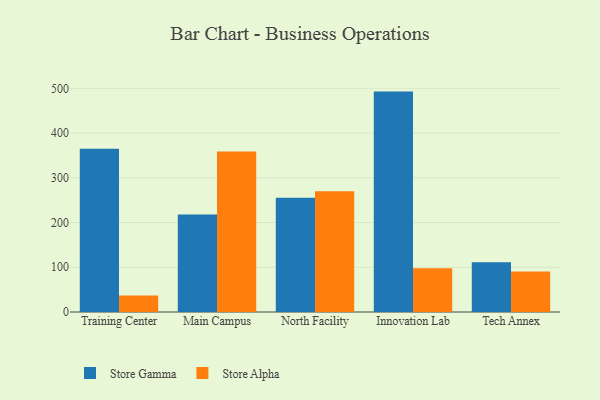
{"axis": {"x": "Campus", "y": "Inventory Turnover"}, "legend": ["Store Alpha", "Store Gamma"], "data": [{"x": "Training Center", "y": 365.1, "type": "Store Gamma"}, {"x": "Training Center", "y": 37.0, "type": "Store Alpha"}, {"x": "Main Campus", "y": 217.9, "type": "Store Gamma"}, {"x": "Main Campus", "y": 359.0, "type": "Store Alpha"}, {"x": "North Facility", "y": 255.4, "type": "Store Gamma"}, {"x": "North Facility", "y": 270.1, "type": "Store Alpha"}, {"x": "Innovation Lab", "y": 492.7, "type": "Store Gamma"}, {"x": "Innovation Lab", "y": 97.7, "type": "Store Alpha"}, {"x": "Tech Annex", "y": 111.3, "type": "Store Gamma"}, {"x": "Tech Annex", "y": 90.5, "type": "Store Alpha"}]}